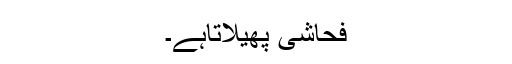
فحاشی پھیلاتاہے۔